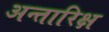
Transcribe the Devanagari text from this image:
अन्तारिक्ष